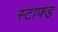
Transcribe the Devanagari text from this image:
स्टाफ्ड